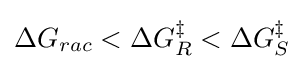
\Delta G_{rac}<\Delta G_{R}^{\ddagger }<\Delta G_{S}^{\ddagger }